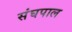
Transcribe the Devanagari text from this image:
संघपाल